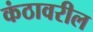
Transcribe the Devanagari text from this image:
कंठावरील